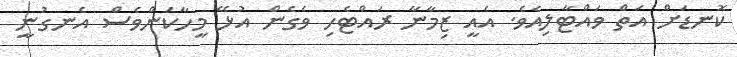
ކޮނޑަށް އަތް ވައްޓާލިއެވެ. އެއީ ޒިމާނާ ރައްޓެހި ވެގެން އުޅޭ މީހާކަންވެސް އެނގުނީ